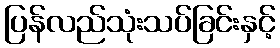
ပြန်လည်သုံးသပ်ခြင်းနှင့်